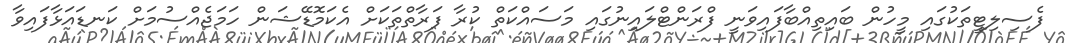
ފެސިލިޓީތަކުގައި މީހުން ބައިތިއްބާފައިވަނީ ފްރަންޓްލައިނުގައި މަސައްކަތް ކުރާ ފަރާތްތަކަށް އެކަމޮޑޭޝަން ހަމަޖެއްސުމަށް ކަނޑައަޅާފައިވާ